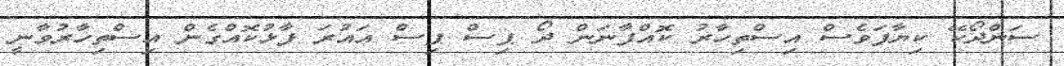
ސަންދޯކޭ ކިޔާފަވެސް އިސްތިހާރު ކޮއްފާނަން ދޯ ޕިސް ޕިސް އަައުރަ ފާޅުކޮއްގެން އިސްތިހާރުވާނީ